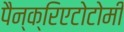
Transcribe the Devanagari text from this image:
पैन्क्रिएटोटोमी